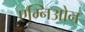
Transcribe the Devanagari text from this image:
एम्निओन